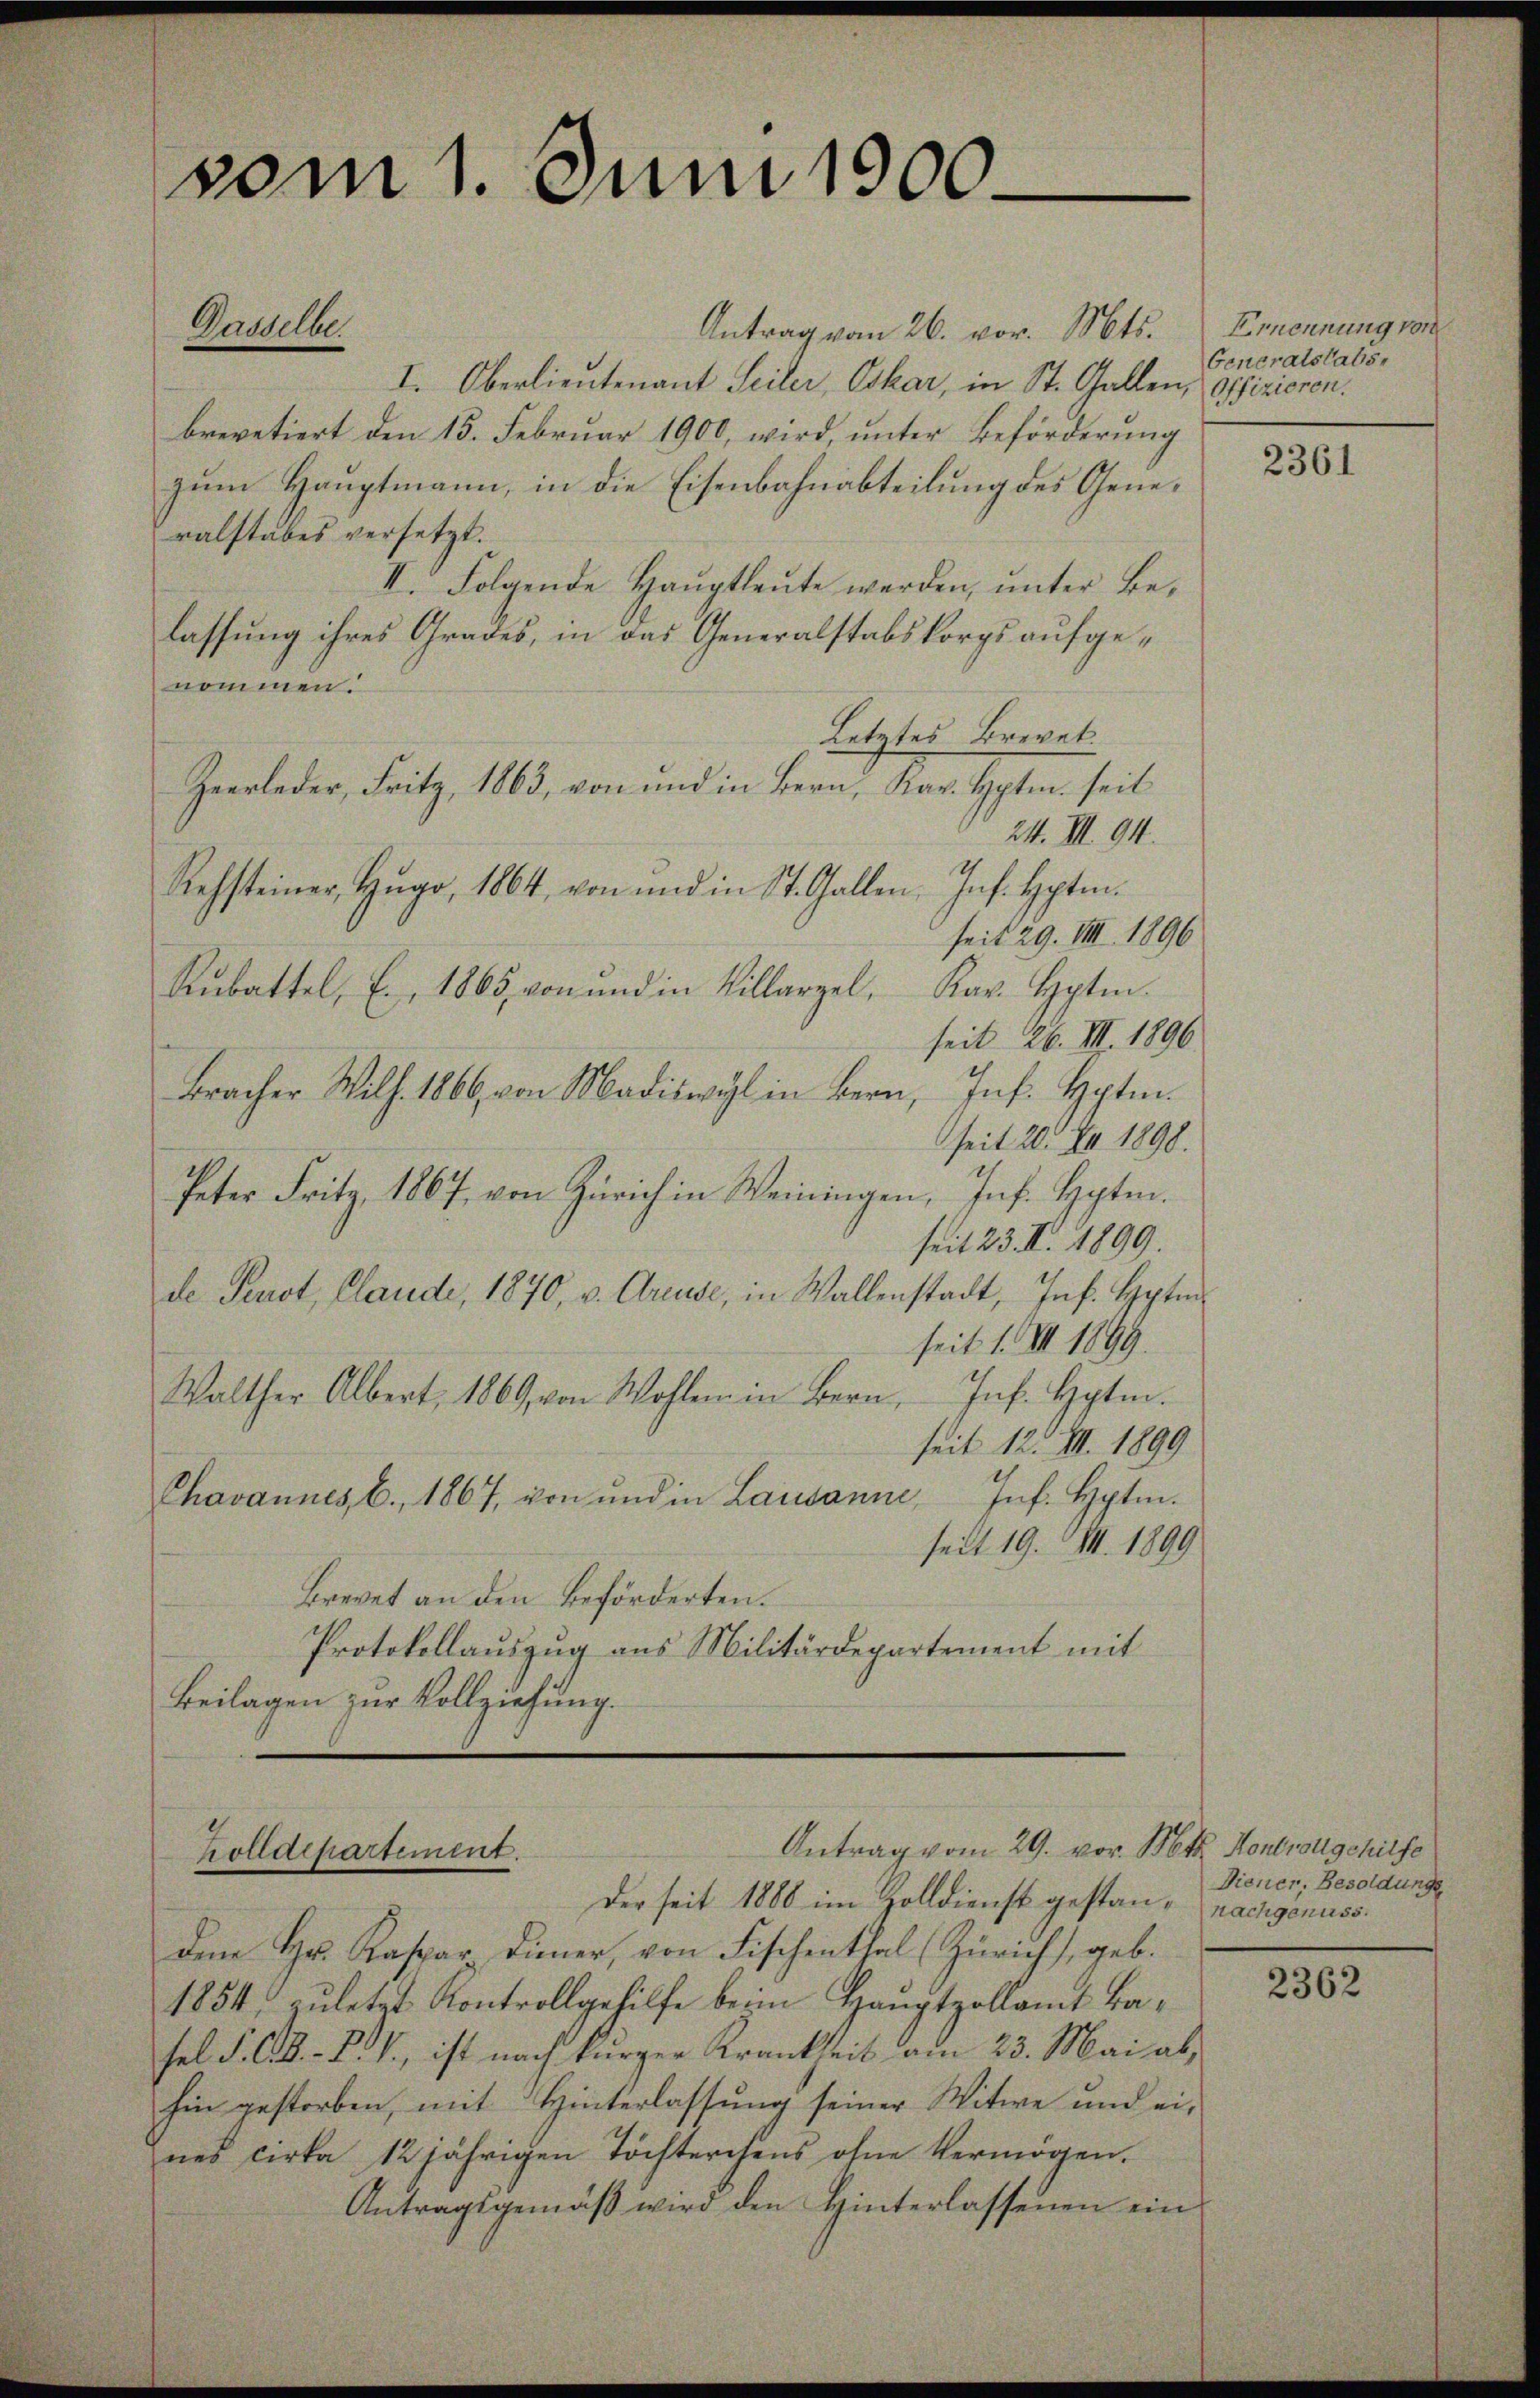
vom 1. Juni 1900.

Gasselbe

Antrag vom 26. vor. Mts. Ernennung von
I. Oberlieutenant Seiler, Oskar, in St. Gallen, offizieren.
brevetiert den 15. Februar 1900, wird, ŭnter Beförderung
zum Hauptmann, in die Eisenbahnabteilung des Generalstabes versetzt.
II. Folgende Haŭptleŭte werden, unter Belassung ihres Grades, in das Generalstabskorps aufgenommen.
Letztes Brevet.
Zeerleder, Fritz, 1863, von und in Bern, Kar. Hptm. seit
24. III. 94.
Rehsteiner, Hŭgo, 1864, von und in St. Gallen, Ins. Hptm.
seit 29. VIII. 1896
Rŭbattel, E., 1865, von und in Villarzel. Kar. Hptm.
seit 26. III 1896.
Bracher Wilh. 1866 von Madiswyl in Bern, Ins. Hptm.
seit 20. XI. 1898.
Peter Fritz, 1867, von Zürich in Weiningen, Inf. Hpten.
seit 23. II. 1899
de Perot, Claude, 1870, v. Greuse, in Wallenstadt, Ins. Hptm
seit 1. II. 1899.
Walther Albert. 1869 von Wohlen in Bern Inf. Hptm.
seit 12. III. 1899
Inf. Hptm.
Chavannes E., 1867, von und in Lausanne,
seit 19. II. 1899
Brevet an den Beförderten.
Protokollauszug aus Militärdepartement mit
Beilagen zur Vollziehung.

Antrag vom 29. vor. Mts. Kontrolgchilfe
holldepartement.

Der seit 1880 im Zolldienst gestan-nachgenuss.
dem Hr. Kaspar Diener, von Fischenthal Zürich, geb.
1854, zuletzt Kontrollgehilfe beim Hauptzollamt kasel S. C. R. P. V., ist nach kurzer Krankheit am 23. Mai ab,
hin gestorben, mit Hinterlassung seiner Witwe und eines cirka 12 jährigen Töchterchens ohne Vermögen.
Antragsgemäβ wird den Hinterlassenen ein

Generatslabs,

2361

Diener, Besoldunge

2362